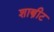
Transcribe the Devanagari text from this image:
शास्त्रीट